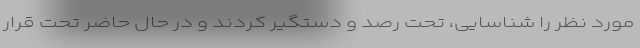
مورد نظر را شناسایی، تحت رصد و دستگیر کردند و در حال حاضر تحت قرار